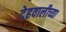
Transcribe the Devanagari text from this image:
देहवालीच्या